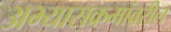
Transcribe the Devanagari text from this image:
अभ्यासक्रमांवरील